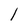
Character: l